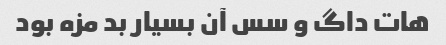
هات داگ و سس آن بسیار بد مزه بود